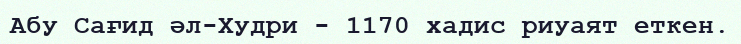
Абу Сағид әл-Худри - 1170 хадис риуаят еткен.